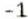
-1